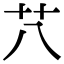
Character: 䒔